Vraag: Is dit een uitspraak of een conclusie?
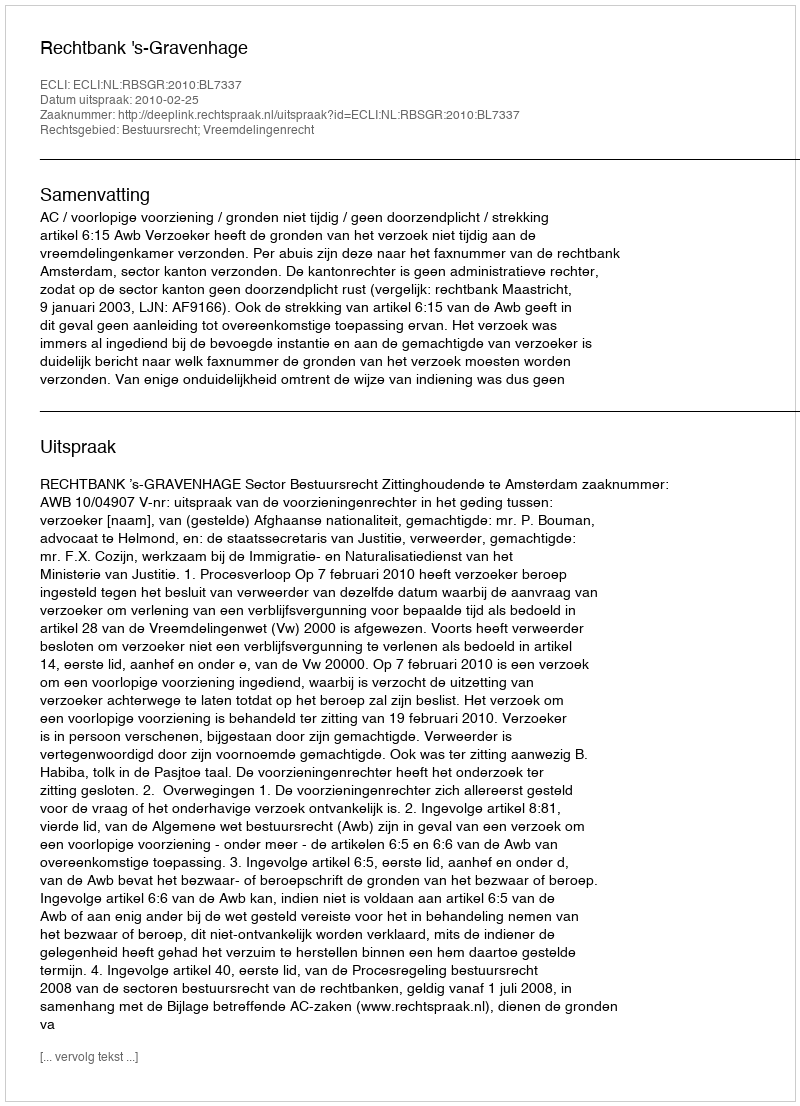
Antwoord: Uitspraak